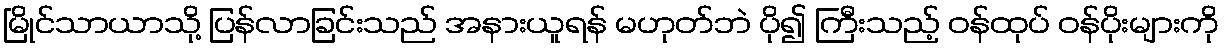
မြိုင်သာယာသို့ ပြန်လာခြင်းသည် အနားယူရန် မဟုတ်ဘဲ ပို၍ ကြီးသည့် ဝန်ထုပ် ဝန်ပိုးများကို